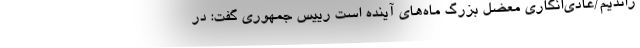
راندیم/عادی‌انگاری معضل بزرگ ماه‌های آینده است رییس جمهوری گفت: در